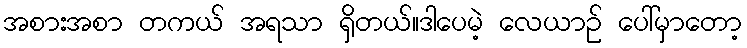
အစားအစာ တကယ် အရသာ ရှိတယ်။ဒါပေမဲ့ လေယာဉ် ပေါ်မှာတော့